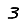
Digit: 3